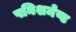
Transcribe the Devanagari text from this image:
पनिशमेण्ट